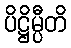
ပိဋ္ဌိမ္ပီတိ